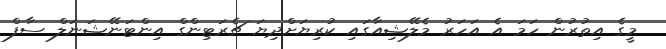
މީގެ އިތުރުން ހަމަ އެ އަހަރު މެލޭޝިއާގައި ކުރިޔަށްދިޔަ ޗެރަޓިންގް އިންޓަނޭޝަނަލް ސާފް